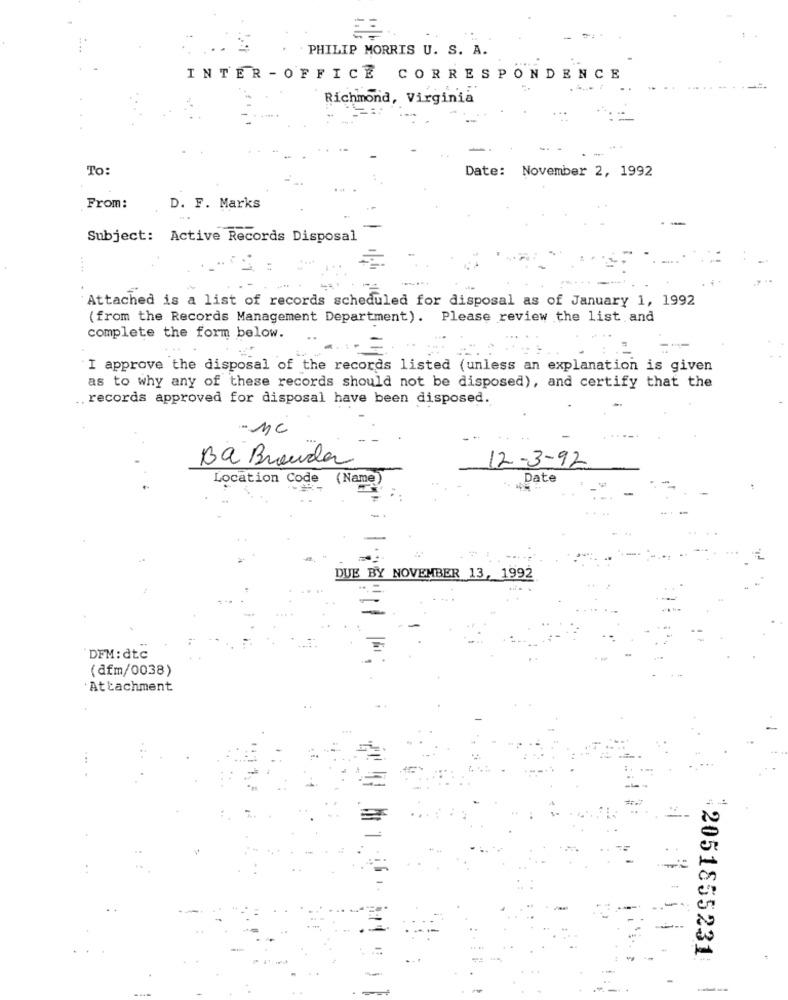
PHILIP MORRIS U. S. A.
INTER - OFFICE CORRESPONDENCE
Richmond, Virginia
To:
Date: November 2, 1992
From:
D. F. Marks
Subject: Active Records Disposal
Attached is a list of records scheduled for disposal as of January 1, 1992
(from the Records Management Department). Please review the list and
complete the form below.
I approve the disposal of the records listed (unless an explanation is given
as to why any of these records should not be disposed), and certify that the
.. records approved for disposal have been disposed.
- MC
Ba Brouda
12-3-92
Location Code (Name
Date
DUE BY NOVEMBER 13, 1992
DEM:dtc
(dfm/0038)
'Attachment
..
...
2051855231
--